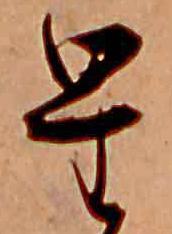
星